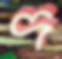
দ